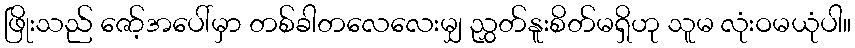
ဖြိုးသည် ဇော့်အပေါ်မှာ တစ်ခါတလေလေးမျှ ညွှတ်နူးစိတ်မရှိဟု သူမ လုံးဝမယုံပါ။